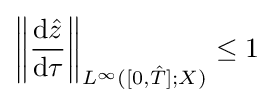
\left\|{\frac {\mathrm {d} {\hat {z}}}{\mathrm {d} \tau }}\right\|_{L^{\infty }([0,{\hat {T}}];X)}\leq 1